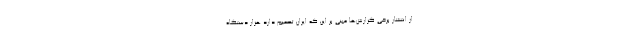
از انتشار برخی گزارش‌ها مبنی بر این که ایران تصمیم دارد هزار دستگاه